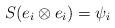
LaTeX: \begin{align*} S( e_i \otimes e_i ) = \psi_i\end{align*}